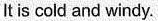
It is cold and windy.